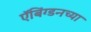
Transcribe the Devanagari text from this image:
ऍबिंग्डनच्या